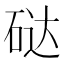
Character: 鿎